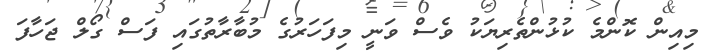
މިއިން ކޮންމެ ކުޅުންތެރިޔަކު ވެސް ވަނީ މިފަހަރުގެ މުބާރާތުގައި ފަސް ގޯލް ޖަހާފަ